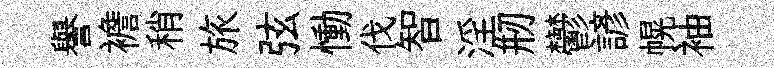
譽襜稍旅弦慟伐智淫剏鬱諺幌袖